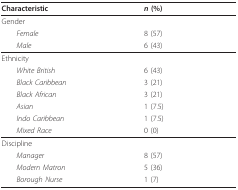
<table><thead><tr><td><b>Characteristic</b></td><td><b><i>n </i>(%)</b></td></tr></thead><tbody><tr><td>Gender</td><td></td></tr><tr><td> <i>Female</i></td><td>8 (57)</td></tr><tr><td> <i>Male</i></td><td>6 (43)</td></tr><tr><td>Ethnicity</td><td></td></tr><tr><td> <i>White British</i></td><td>6 (43)</td></tr><tr><td> <i>Black Caribbean</i></td><td>3 (21)</td></tr><tr><td> <i>Black African</i></td><td>3 (21)</td></tr><tr><td> <i>Asian</i></td><td>1 (7.5)</td></tr><tr><td> <i>Indo Caribbean </i></td><td>1 (7.5)</td></tr><tr><td> <i>Mixed Race</i></td><td>0 (0)</td></tr><tr><td>Discipline</td><td></td></tr><tr><td> <i>Manager</i></td><td>8 (57)</td></tr><tr><td> <i>Modern Matron</i></td><td>5 (36)</td></tr><tr><td> <i>Borough Nurse</i></td><td>1 (7)</td></tr></tbody></table>